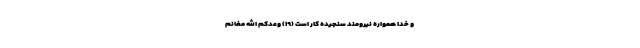
و خدا همواره نيرومند سنجيده كار است (۱۹) وَعَدَكُمُ اللَّهُ مَغَانِمَ